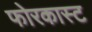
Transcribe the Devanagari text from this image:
फोरकास्ट